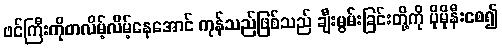
ဖင်ကြီးကိုတလိမ့်လိမ့်နေအောင် ကုန်သည်ဖြစ်သည် ချီးမွမ်းခြင်းတို့ကို ပိုမိုနီးစေ၍